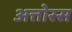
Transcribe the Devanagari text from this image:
अत्तोस्स